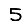
Digit: 5